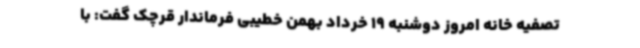
تصفیه خانه امروز دوشنبه 19 خرداد ‌بهمن خطیبی فرماندار قرچک گفت: با